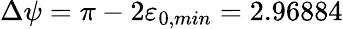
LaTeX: \Delta\psi=\pi-2\varepsilon_{0,min}=2.96884